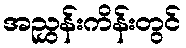
အညွှန်းကိန်းတွင်